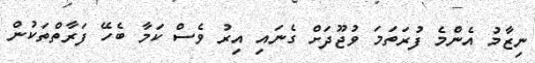
ނިޒާމު އެންމެ ފުރަތަމަ ވުޖޫދަށް ގެނައި އިރު ވެސް ކަމާ ބެހޭ ފަރާތްތަކުން